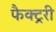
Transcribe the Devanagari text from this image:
फैक्ट्ररी